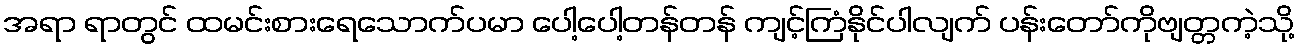
အရာ ရာတွင် ထမင်းစားရေသောက်ပမာ ပေါ့ပေါ့တန်တန် ကျင့်ကြံနိုင်ပါလျက် ပန်းတော်ကိုဗျတ္တကဲ့သို့